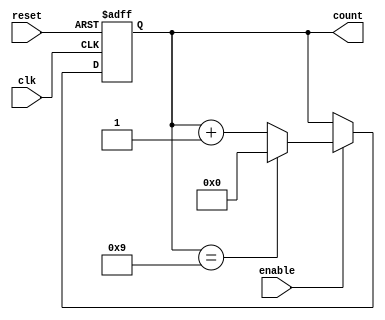
module decade_counter (
    input wire clk,        // Clock signal
    input wire reset,      // Asynchronous reset signal
    input wire enable,     // Enable signal
    output reg [3:0] count // 4-bit output representing the current count
);

// Sequential logic to update the count on the clock edge
always @(posedge clk or posedge reset) begin
    if (reset) begin
        count <= 4'b0000; // Reset the count to 0
    end else if (enable) begin
        if (count == 4'b1001) begin
            count <= 4'b0000; // Reset to 0 after reaching 9
        end else begin
            count <= count + 1; // Increment the count
        end
    end
end

endmodule